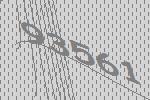
93561